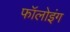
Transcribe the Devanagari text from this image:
फॉलोइंग